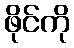
ဖိုင်ကို